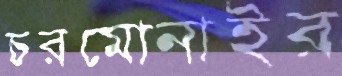
চরমোনাইর